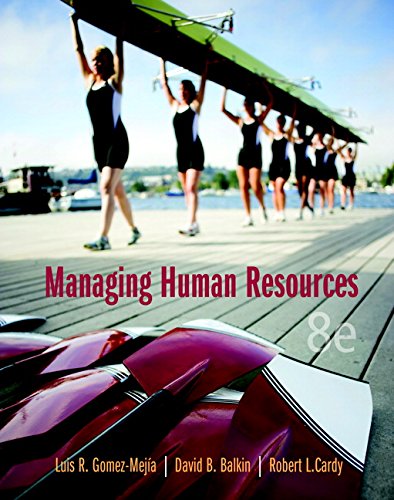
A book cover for Managing Human Resources (8th Edition); Luis R. Gomez-Mejia; Business & Money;